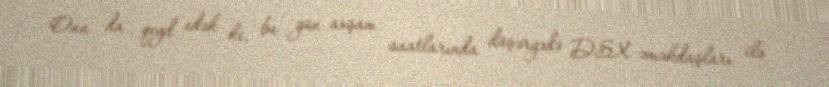
Onu da qeyd edək ki, bu gün axşam saatlarında düşərgədə DSX əməkdaşları ilə